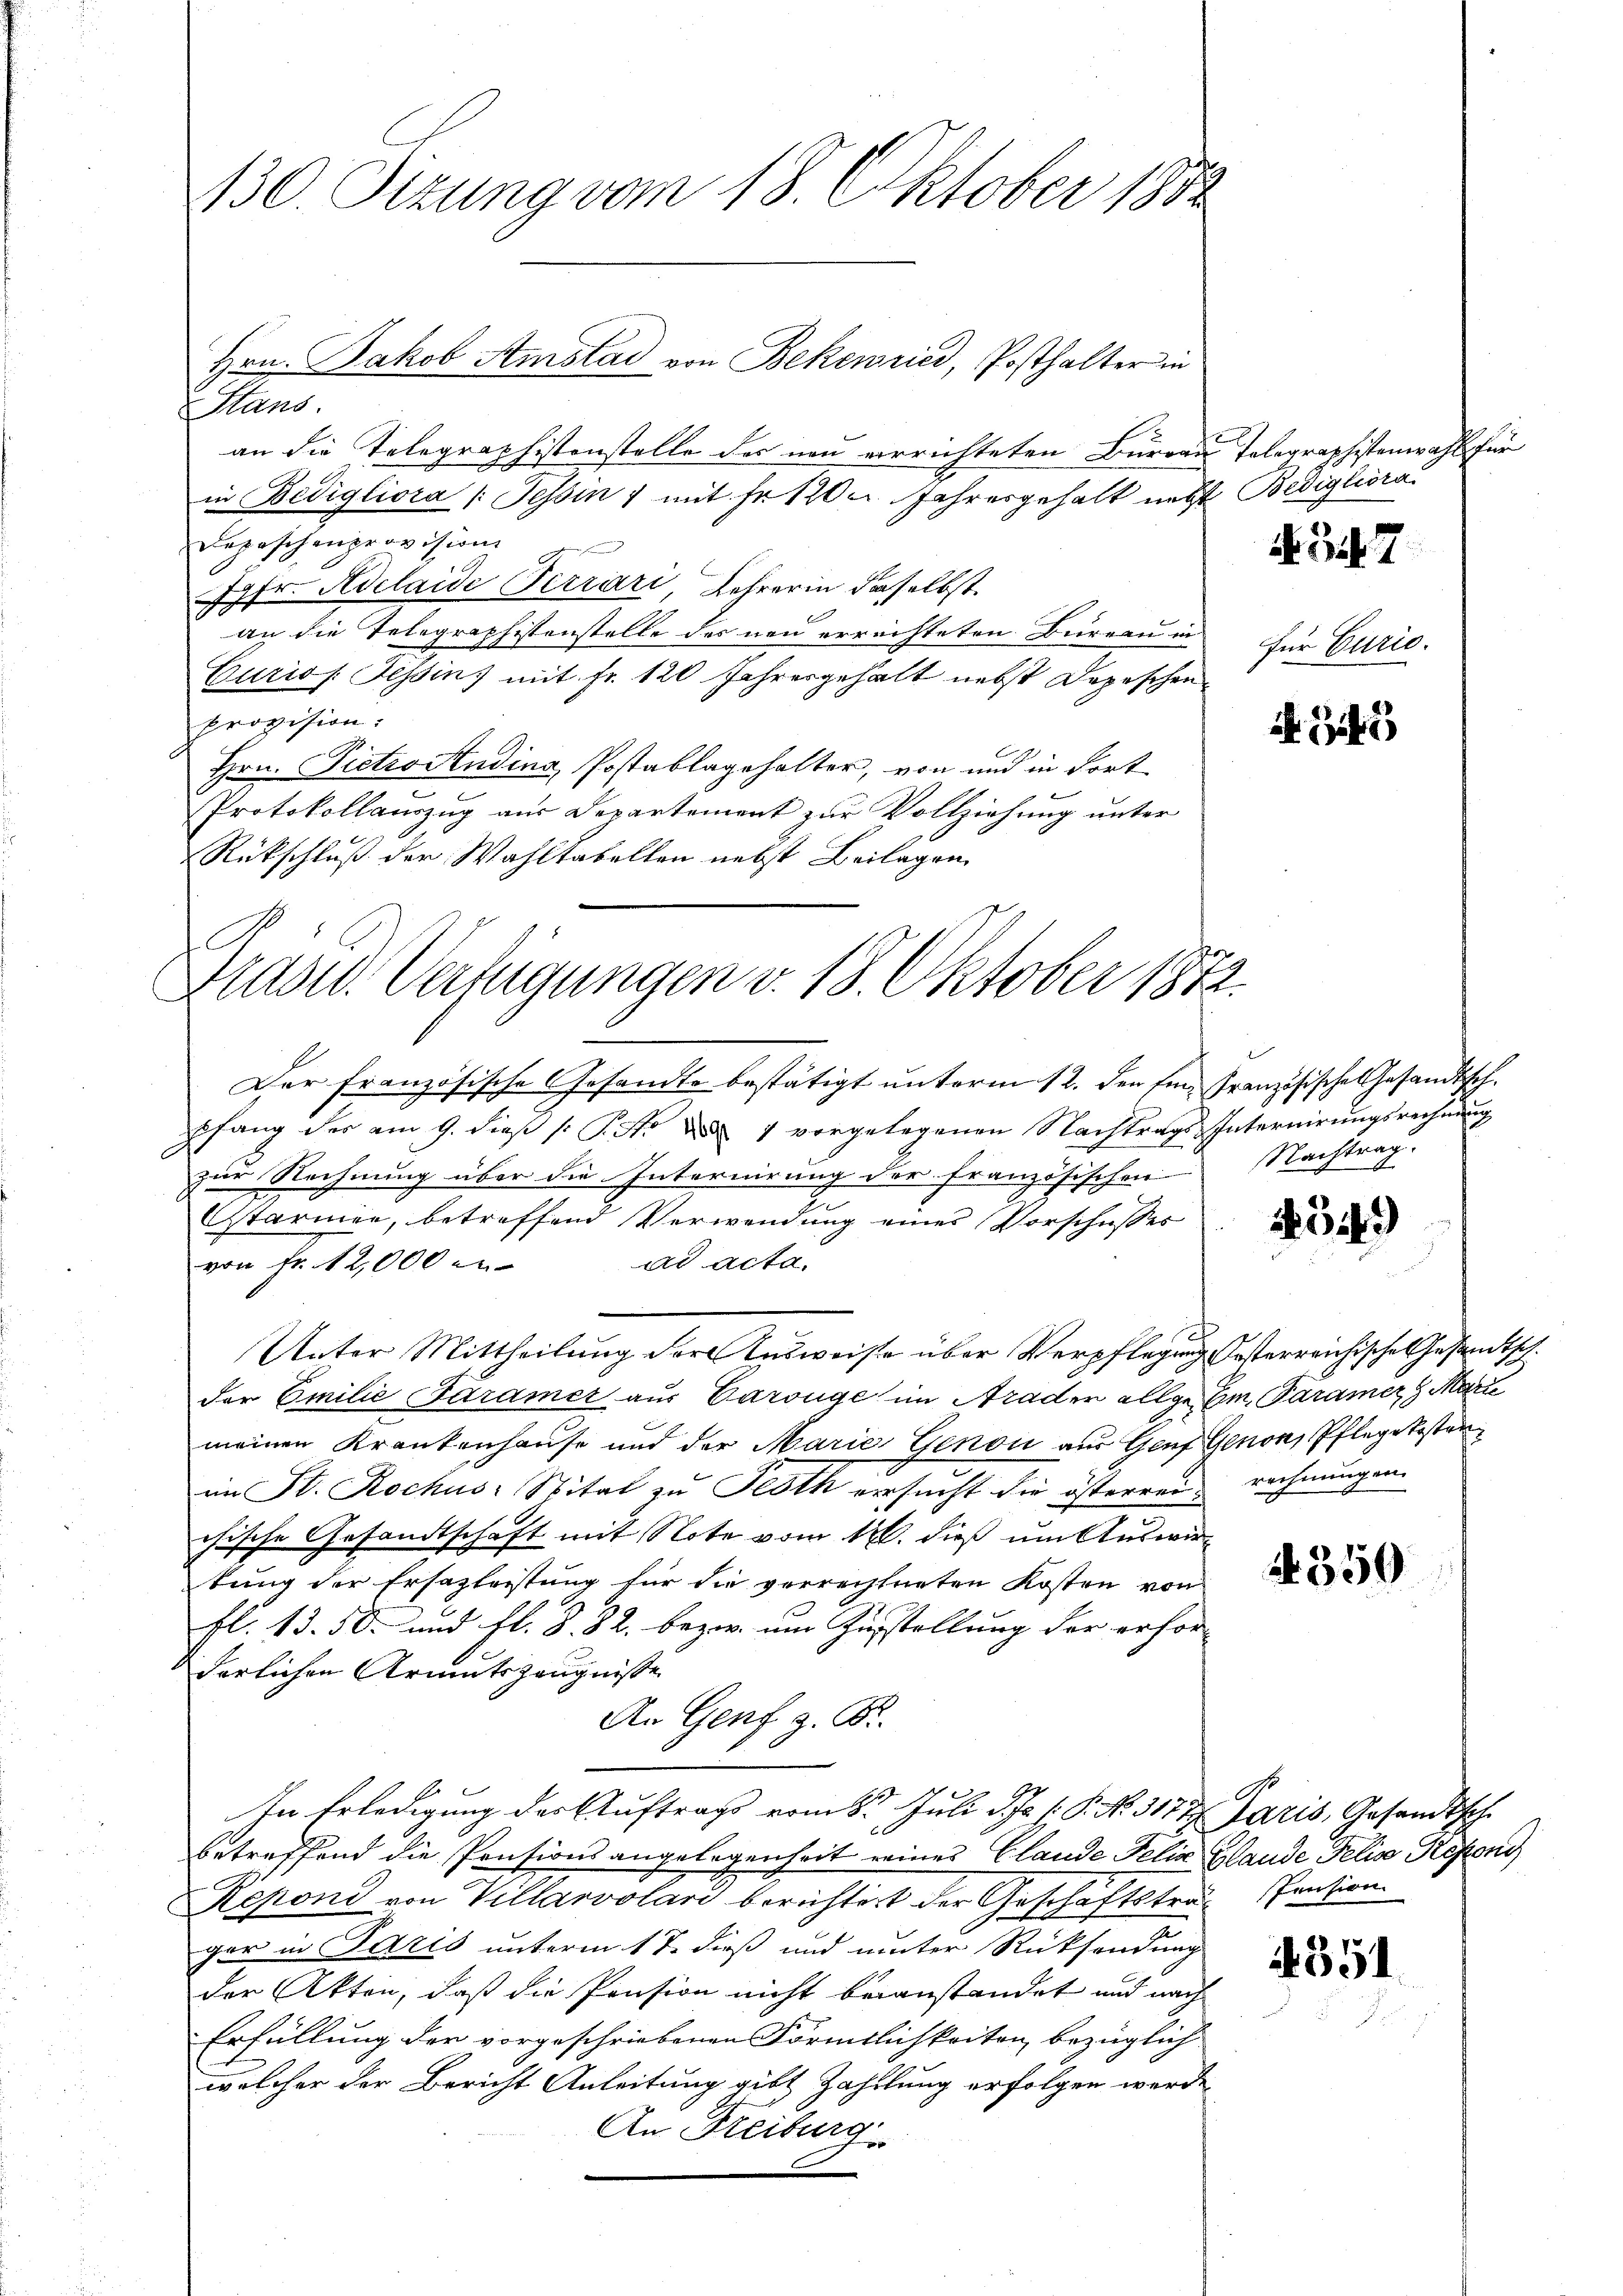
130. Sizung vom 18. Oktober 1882

Hrn. Jakob Amstad von Bekenried, Posthalter in
Hans.

Grasw. Verfügungen v. 18. Oktober 1872.

an die Telegraphistenstelle der neu verrichteten Bureau Telegraphistenwahl für
in Bedigliora /: Tessin 7 mit Fr. 120 u. Jahresgehalt nebst Bedigliora
Depeschenprovision
Jgfr. Adelaide Terrari, Lehrerin daselbst.
an die Telegraphistenstelle des neu errechteten Bureau in
Curios. Tessin, mit Fr. 120 Jahresgehalt nebst Depeschen
provision:
C
Hrn. Dietro Audina, Postablagehalter, von und in Fort
Protokollauszug aus Departement zur Vollziehung unter
Rückschluß der Wahltabellen nebst Beilagen

Cher französische Gesandte bestätigt unterm 12. den im Französische Gesandtsch.
pfang der am 9. dieß P. Nr. d. 1 vorgelegenen Nachtrags-Internirungsrechnung
zur Rechnung über die Internirung der französischen Nachtrag.
Otarmen, betreffend Verwendung eines Vorschusses
ad acta,
von Fr. 12,000 en
Unter Mittheilung der Ausweise über Verpflegung Oesterreichische Gesandtschder Emilie Faramer aus Carouge im Araden allgem. Paramer, Marie
meinen Krankenhause und der Marie Genon aus Genf Genon, Pflegekosten
an St. Rochus Spital zu Festh ersucht die österren rechnungen
chische Gesandtschaft mit Note vom 12. dieß um Auswirtung der Ersazleistung für die verrechneten Kosten von
fl. 13. 50. und fl. S. 32. bezw. um Zustellung der erforderlichen Armutszeugnisse
An Genf z. B.
In Erledigung der Auftrag vom 8t Juli d. J. P. No. 317 t Jaris, Gesandtsch
betreffend die Pensionsangelegenheit eines Glande Felia Glaude Felix Repend
schäftstraf spention.
Repond von Villarvolari berichtest der G
ger in Paris unterm 17. dieß und unter Rücksendung
der Akten, daß die Pension nicht beanstandet und nach
Erfüllung der vorgeschriebenen Förmtlichkeiten bezüglich
welcher der Bericht Anleitung gibt Zahlung erfolgen werde.
An Freiburg

N.347

für Curio.

1543

549

if. 350

4351